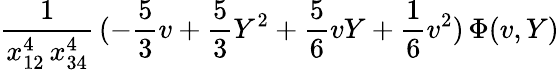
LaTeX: \frac{1}{x_{12}^{4}\, x_{34}^{4}}\, (-\frac{5}{3}v+\frac{5}{3}Y^{2}+\frac{5}{6}vY+\frac{1}{6}v^{2})\, \Phi(v,Y)